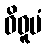
ဝိဓူမံ